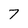
Character: 7